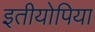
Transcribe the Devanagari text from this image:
इतीयोपिया